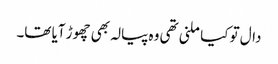
دال تو کیا ملنی تھی وہ پیالہ بھی چھوڑ آیا تھا۔